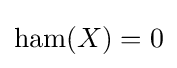
\operatorname {ham} (X)=0